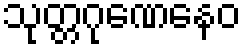
သုတ္တဂုဏေနေဝ